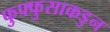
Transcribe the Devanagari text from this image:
फुफ्फुसाकडुन